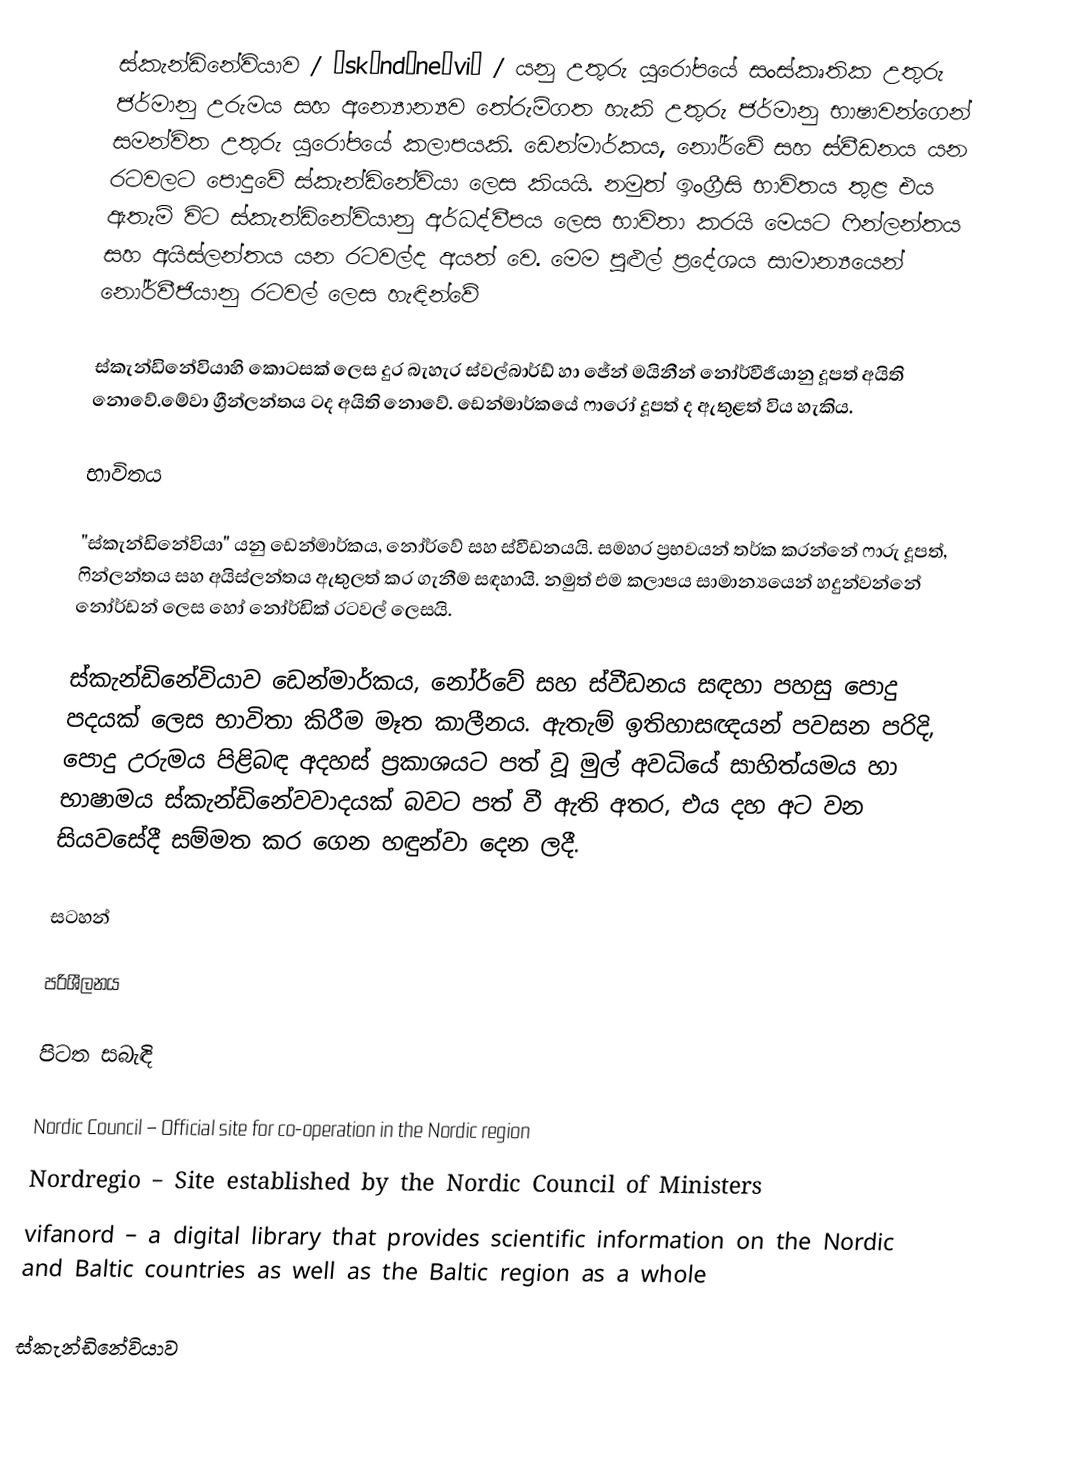
ස්කැන්ඩිනේවියාව / ˌskændɪneɪviə / යනු උතුරු යුරෝපයේ සංස්කෘතික උතුරු ජර්මානු උරුමය සහ අන්‍යොන්‍යව තේරුම්ගත හැකි උතුරු ජර්මානු භාෂාවන්ගෙන් සමන්විත උතුරු යුරෝපයේ කලාපයකි. ඩෙන්මාර්කය, නෝර්වේ සහ ස්වීඩනය යන රටවලට පොදුවේ  ස්කැන්ඩිනේවියා ලෙස කියයි. නමුත් ඉංග්‍රීසි භාවිතය තුළ එය ඇතැම් විට ස්කැන්ඩිනේවියානු අර්ධද්වීපය ලෙස භාවිතා කරයි මෙයට ෆින්ලන්තය සහ අයිස්ලන්තය යන රටවල්ද අයත් වෙ. මෙම පුළුල් ප්‍රදේශය සාමාන්‍යයෙන් නෝර්වීජියානු රටවල් ලෙස හැඳින්වේ

ස්කැන්ඩිනේවියාහි කොටසක් ලෙස දුර බැහැර ස්වල්බාර්ඩ් හා ජේන් මයිනීන් නෝර්වීජියානු දූපත් අයිති නොවේ.මේවා ග්‍රීන්ලන්තය ටද අයිති නොවේ.  ඩෙන්මාර්කයේ ෆාරෝ දූපත් ද ඇතුළත් විය හැකිය.

භාවිතය

"ස්කැන්ඩිනේවියා" යනු ඩෙන්මාර්කය, නෝර්වේ සහ ස්වීඩනයයි. සමහර ප්‍රභවයන් තර්ක කරන්නේ ෆාරු දූපත්, ෆින්ලන්තය සහ අයිස්ලන්තය ඇතුලත් කර ගැනීම සඳහායි. නමුත් එම කලාපය සාමාන්‍යයෙන් හදුන්වන්නේ නෝර්ඩන් ලෙස හෝ නෝර්ඩික් රටවල් ලෙසයි.

 ස්කැන්ඩිනේවියාව ඩෙන්මාර්කය, නෝර්වේ සහ ස්වීඩනය සඳහා පහසු පොදු පදයක් ලෙස භාවිතා කිරීම මෑත කාලීනය. ඇතැම් ඉතිහාසඥයන් පවසන පරිදි, පොදු උරුමය පිළිබඳ අදහස් ප්‍රකාශයට පත් වූ මුල් අවධියේ සාහිත්යමය හා භාෂාමය ස්කැන්ඩිනේවවාදයක් බවට පත් වී ඇති අතර, එය දහ අට වන සියවසේදී සම්මත කර ගෙන හඳුන්වා දෙන ලදී.

සටහන්

පරිශීලනය

පිටත සබැඳි

 Nordic Council – Official site for co-operation in the Nordic region
 Nordregio – Site established by the Nordic Council of Ministers
 vifanord – a digital library that provides scientific information on the Nordic and Baltic countries as well as the Baltic region as a whole

ස්කැන්ඩිනේවියාව